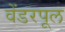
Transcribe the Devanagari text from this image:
वेंडरपूल